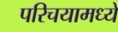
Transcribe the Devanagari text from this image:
परिचयामध्ये